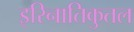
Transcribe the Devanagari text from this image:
इरिनातिकुतल